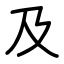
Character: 及